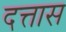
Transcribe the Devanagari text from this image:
दत्तास